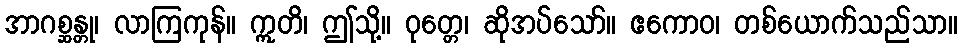
အာဂစ္ဆန္တု၊ လာကြကုန်။ ဣတိ၊ ဤသို့။ ဝုတ္တေ၊ ဆိုအပ်သော်။ ဧကောဝ၊ တစ်ယောက်သည်သာ။